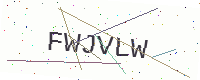
Text: FWJVLW